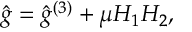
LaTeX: \hat { g } = \hat { g } ^ { ( 3 ) } + \mu H _ { 1 } H _ { 2 } ,